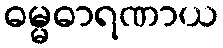
ဓမ္မဓာရဏာယ